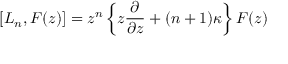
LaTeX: [ L _ { n } , F ( z ) ] = z ^ { n } \left\{ z \frac { \partial } { \partial z } + ( n + 1 ) \kappa \right\} F ( z )